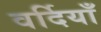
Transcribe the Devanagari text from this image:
वर्दियाँ